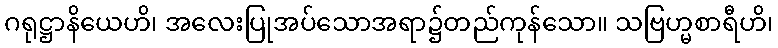
ဂရုဋ္ဌာနိယေဟိ၊ အလေးပြုအပ်သောအရာ၌တည်ကုန်သော။ သဗြဟ္မစာရီဟိ၊